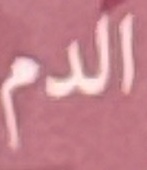
الدم